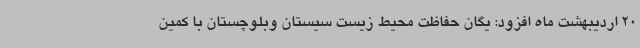
20 اردیبهشت ماه افزود: یگان حفاظت محیط زیست سیستان وبلوچستان با کمین